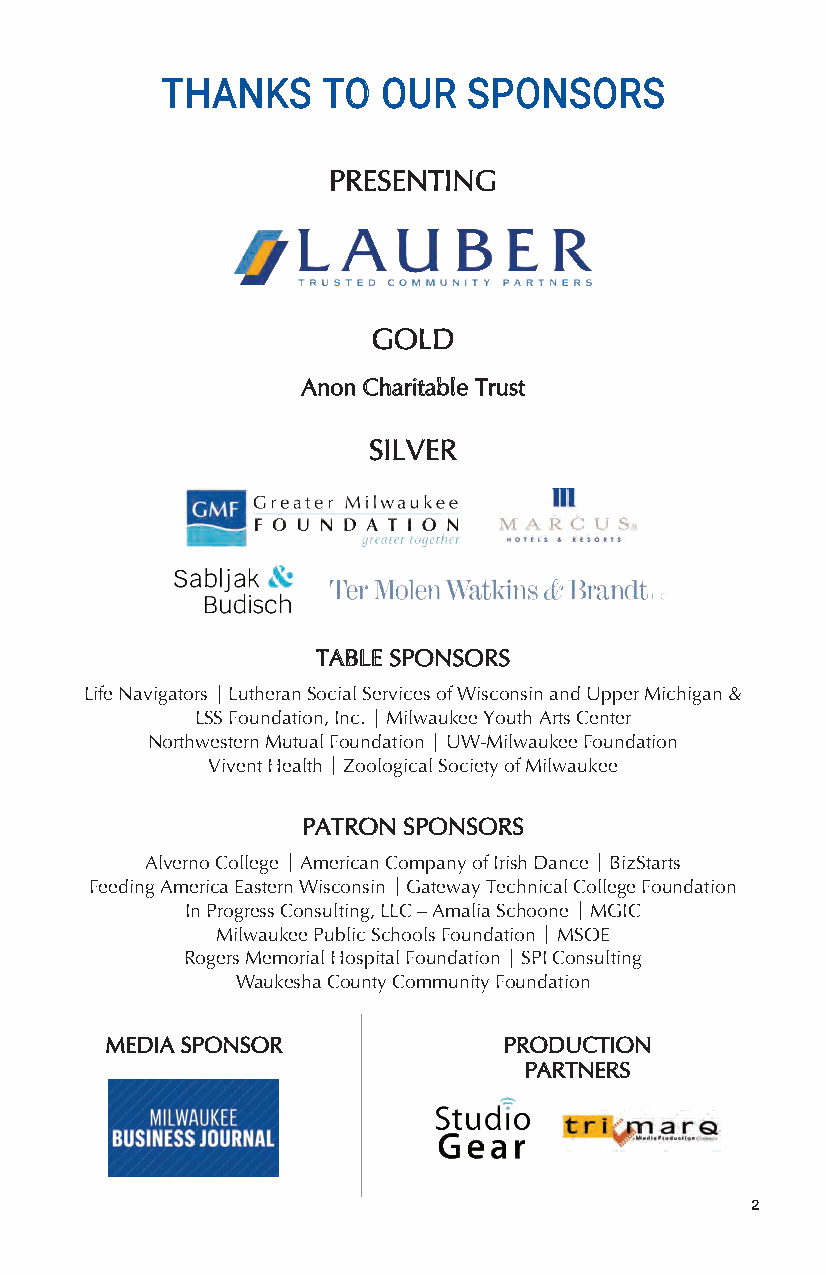
THANKS    TO  OUR   SPONSORS
 PRESENTING
 GOLD
 Anon Charitable Trust
 SILVER
 TABLE SPONSORS
 Life Navigators | Lutheran Social Services of Wisconsin and Upper Michigan &
 LSS Foundation, Inc. | Milwaukee Youth Arts Center
 Northwestern Mutual Foundation | UW-Milwaukee Foundation
 Vivent Health | Zoological Society of Milwaukee
 PATRON SPONSORS
 Alverno College | American Company of Irish Dance | BizStarts
 Feeding America Eastern Wisconsin | Gateway Technical College Foundation
 In Progress Consulting, LLC – Amalia Schoone | MGIC
 Milwaukee Public Schools Foundation | MSOE
 Rogers Memorial Hospital Foundation | SPI Consulting
 Waukesha County Community Foundation
 MEDIA SPONSOR             PRODUCTION
 PARTNERS
 2